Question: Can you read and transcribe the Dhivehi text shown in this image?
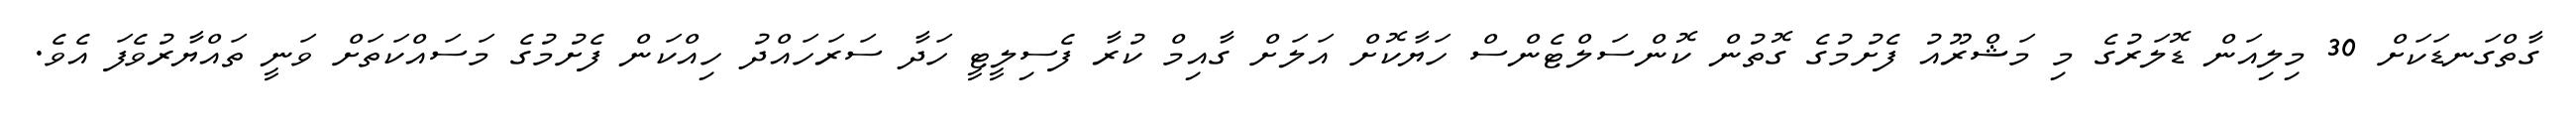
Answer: ގާތްގަނޑަކަށް 30 މިލިއަން ޑޮލަރުގެ މި މަޝްރޫއު ފެށުމުގެ ގޮތުން ކޮންސަލްޓެންސް ހަޔާކޮށް އަލަށް ގާއިމް ކުރާ ފެސިލީޓީ ހަދާ ސަރަހައްދު ހިއްކަން ފެށުމުގެ މަސައްކަތަށް ވަނީ ތައްޔާރުވެފަ އެވެ.